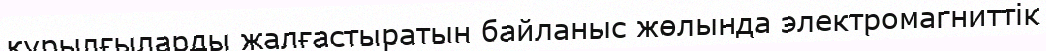
құрылғыларды жалғастыратын байланыс жөлында электромагниттік